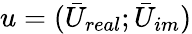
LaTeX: u=(\bar{U}_{real};\bar{U}_{im})